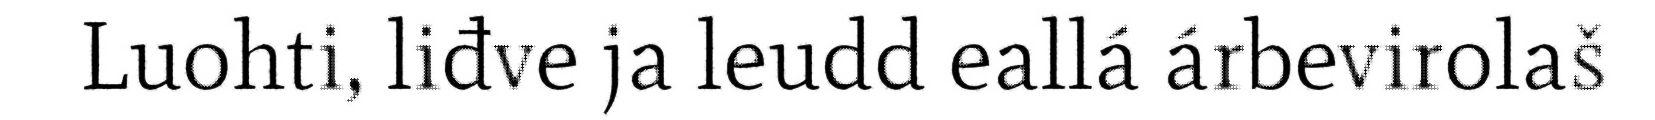
Luohti, liđve ja leudd eallá árbevirolaš